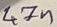
Text: 47n